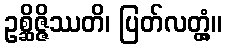
ဥစ္ဆိဇ္ဇိဿတိ၊ ပြတ်လတ္တံ့။